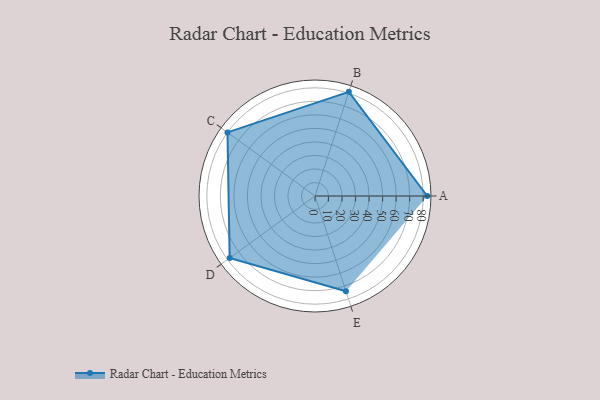
{"axis": {"x": "Skill", "y": "Score"}, "legend": ["Profile"], "data": [{"x": "A", "y": 83.0, "type": "Profile"}, {"x": "B", "y": 81.0, "type": "Profile"}, {"x": "C", "y": 80.0, "type": "Profile"}, {"x": "D", "y": 78.0, "type": "Profile"}, {"x": "E", "y": 74.0, "type": "Profile"}]}